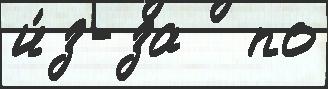
и́з-за   по